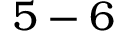
5 - 6